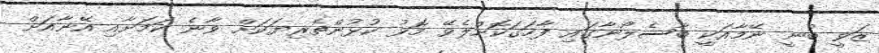
ޒަވީ ބުނީ ނޭމާއަކީ ބާސެލޯނާގައި ފާހަގަކޮށްލެވޭ މޮޅު ކުޅުންތެރިޔަކަށް ވާނެ ކަމަށާއި އޭނާއަށް